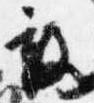
敢